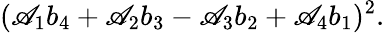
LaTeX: (\mathscr{A}_{1}b_{4}+\mathscr{A}_{2}b_{3}-\mathscr{A}_{3}b_{2}+\mathscr{A}_{4}b_{1})^{2}.